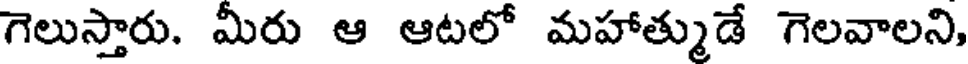
గెలుస్తారు. మీరు ఆ ఆటలో మహాత్ముడే గెలవాలని,